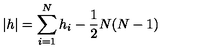
| h | = \sum _ { i = 1 } ^ { N } h _ { i } - \frac { 1 } { 2 } N ( N - 1 )